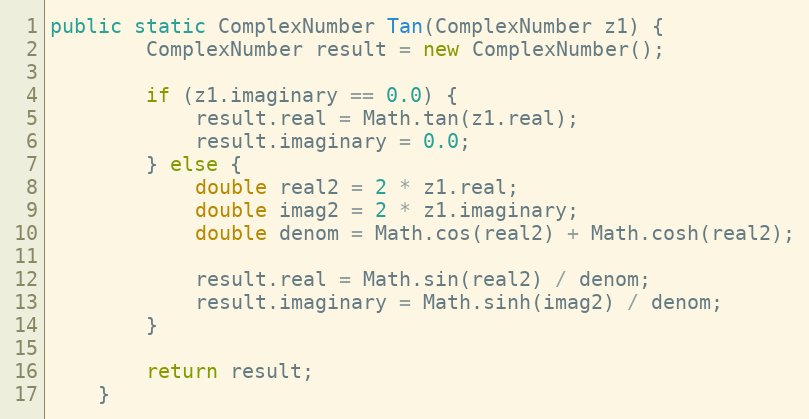
Language: Java
public static ComplexNumber Tan(ComplexNumber z1) {
        ComplexNumber result = new ComplexNumber();

        if (z1.imaginary == 0.0) {
            result.real = Math.tan(z1.real);
            result.imaginary = 0.0;
        } else {
            double real2 = 2 * z1.real;
            double imag2 = 2 * z1.imaginary;
            double denom = Math.cos(real2) + Math.cosh(real2);

            result.real = Math.sin(real2) / denom;
            result.imaginary = Math.sinh(imag2) / denom;
        }

        return result;
    }